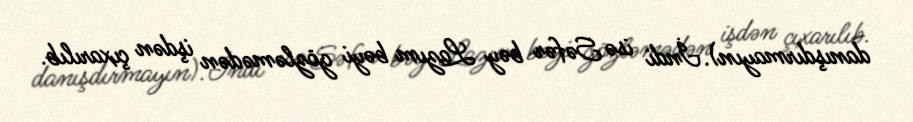
danışdırmayın).İndi isə Səfər bəy Lazım bəyi gözləmədən işdən çıxarılıb.